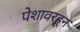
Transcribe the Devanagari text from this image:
पेशावरहून